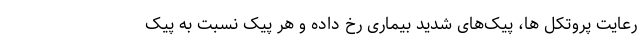
رعایت‌ پروتکل ها، پیک‌های شدید بیماری رخ داده و هر پیک نسبت به پیک